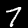
Label: 7